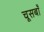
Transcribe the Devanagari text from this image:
चूसबाँ